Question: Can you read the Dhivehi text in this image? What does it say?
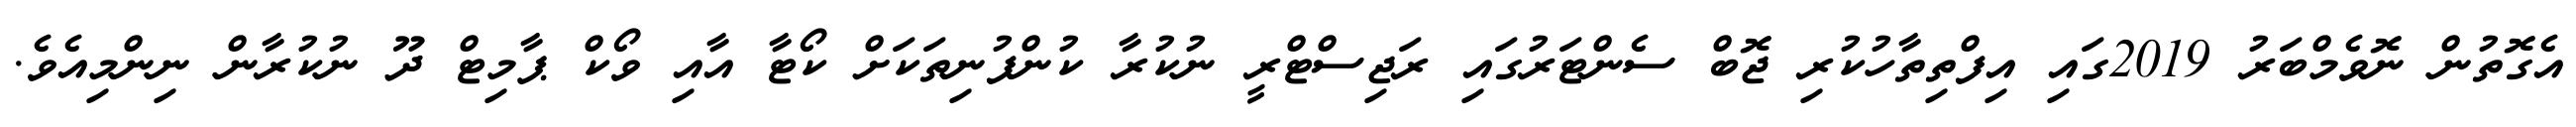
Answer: އެގޮތުން ނޮވެމްބަރު 2019ގައި އިފްތިތާހުކުރި ޖޮބް ސެންޓަރުގައި ރަޖިސްޓްރީ ނުކުރާ ކުންފުނިތަކަށް ކޯޓާ އާއި ވޯކް ޕާމިޓް ދޫ ނުކުރާން ނިންމިއެވެ.